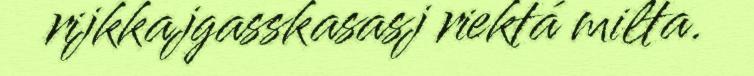
rijkkajgasskasasj riektá milta.